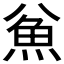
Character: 𱆣